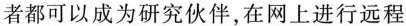
者都可以成为研究伙伴，在网上进行远程